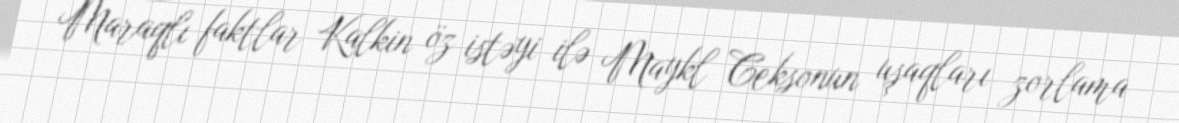
Maraqlı faktlar Kalkin öz istəyi ilə Maykl Ceksonun uşaqları zorlama